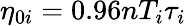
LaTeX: \eta_{0i}=0.96nT_{i}\tau_{i}